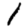
Digit: 1